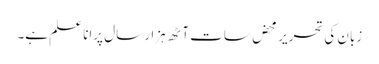
زبان کی تحریر محض سات آٹھ ہزار سال پرانا علم ہے۔